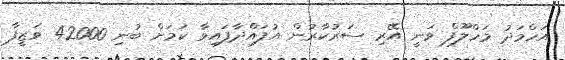
އަހްމަދު މަހްލޫފް ވަނީ އޭރި ސަރުކާރުން އުފައްދާފައިވާ ކަމަށް ބުނި 42000 ވަޒީފާ